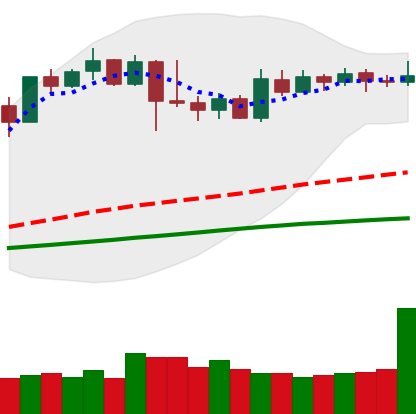
Ticker: XMR-USD
Chart end date: 2019-04-23
Forward return: -11.684%
Label: down_7plus